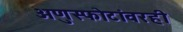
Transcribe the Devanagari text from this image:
अणुस्फोटांवरही